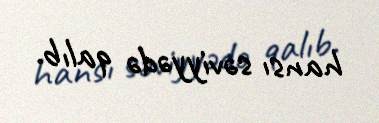
hansı səviyyədə qalıb.